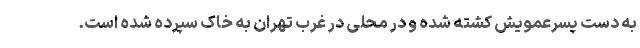
به دست پسرعمویش کشته شده و در محلی در غرب تهران به خاک سپرده شده است.